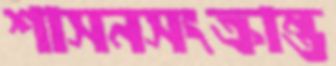
শাসনসংক্রান্ত